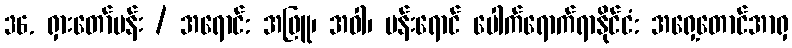
36. ရှားတော်ပန်း / အရောင်: အဖြူ၊ အဝါ၊ ပန်းရောင် ပေါက်ရောက်ရာနိုင်ငံ: အရှေ့တောင်အာရှ